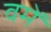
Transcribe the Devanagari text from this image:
वमें